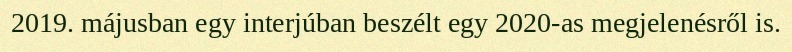
2019. májusban egy interjúban beszélt egy 2020-as megjelenésről is.